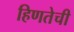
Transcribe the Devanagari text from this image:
हिणतेची